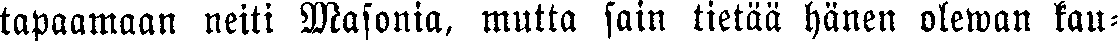
tapaamaan neiti Masonia, mutta sain tietää hänen olewan kau-